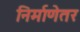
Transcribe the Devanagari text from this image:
निर्माणेतर